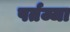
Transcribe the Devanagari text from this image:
पर्तज्जा